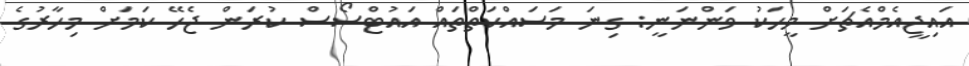
އައިޖީއެމްއެޗަށް މީހަކު ވަންނަނީ: ގިނަ މަސައްކަތްތައް އައުޓްސޯސް ކުރަން ޖެހޭ ކަމަށް މިހާރުގެ